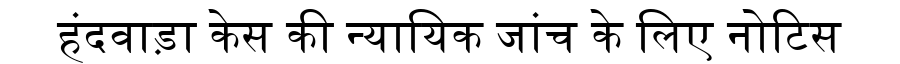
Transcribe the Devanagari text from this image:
हंदवाड़ा केस की न्यायिक जांच के लिए नोटिस